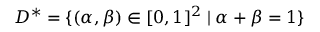
D ^ { * } = \{ ( \alpha , \beta ) \in [ 0 , 1 ] ^ { 2 } \mid \alpha + \beta = 1 \}